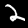
Label: 2